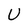
Character: U